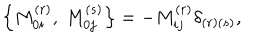
\left\{ M _ { 0 i } ^ { ( r ) } , \ M _ { 0 j } ^ { ( s ) } \right\} = - M _ { i j } ^ { ( r ) } \delta _ { \left( r \right) \left( s \right) } ,